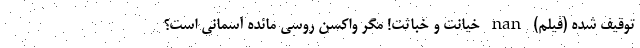
توقیف شده (فیلم) nan خیانت و خباثت! مگر واکسن روسی مائده آسمانی است؟